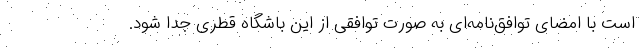
است با امضای توافق‌نامه‌ای به صورت توافقی از این باشگاه قطری جدا شود.